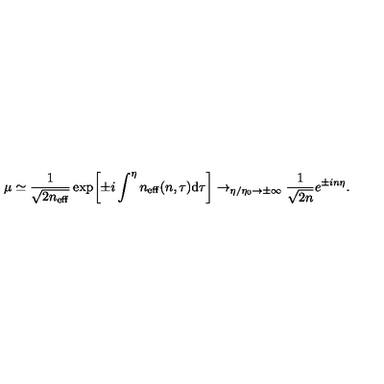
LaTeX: \mu \simeq \frac { 1 } { \sqrt { 2 n _ { \mathrm { e f f } } } } \exp \biggl [ \pm i \int ^ { \eta } n _ { \mathrm { e f f } } ( n , \tau ) \mathrm { d } \tau \biggr ] \rightarrow _ { \eta / \eta _ { 0 } \rightarrow \pm \infty } \frac { 1 } { \sqrt { 2 n } } e ^ { \pm i n \eta } .